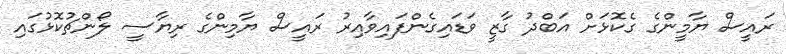
ރައީސް ޔާމީންގެ ގެކޮޅަށް އަބްދު ގާޒީ ވަޑައިގެންފައިވާއިރު ރައީސް ޔާމިންގެ ރިޔާސީ ލޯންޗުކޮޅުގައި